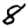
Digit: 8